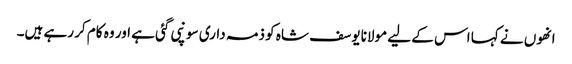
انھوں نے کہا اس کے لیے مولانا یوسف شاہ کو ذمہ داری سونپی گئی ہے اور وہ کام کر رہے ہیں۔